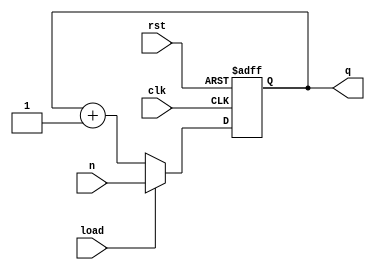
`timescale 1ns / 1ps
//////////////////////////////////////////////////////////////////////////////////
// Company: 
// Engineer: 
// 
// Design Name: 
// Module Name: modn_counter_load
// Project Name: 
// Target Devices: 
// Tool Versions: 
// Description: 
// 
// Dependencies: 
// 
// Revision:
// Revision 0.01 - File Created
// Additional Comments:
// 
//////////////////////////////////////////////////////////////////////////////////


module modn_counter_load #(parameter N = 6, parameter width = 2) (
   input clk,
   input rst,
   input load,
   input [width-1:0] n, 
   output reg [width-1:0] q
);

always @(posedge clk or posedge rst) begin
   if (rst) begin
       q <= 0;
   end else begin
       if (load) begin
            q <= n; // Load value from data_in
        end else if (q == N-1) begin // If the counter reaches N-1, reset to 0
            q <= 4'b0000;
        end else begin
            q <= q + 1; 
       end
   end
end

endmodule